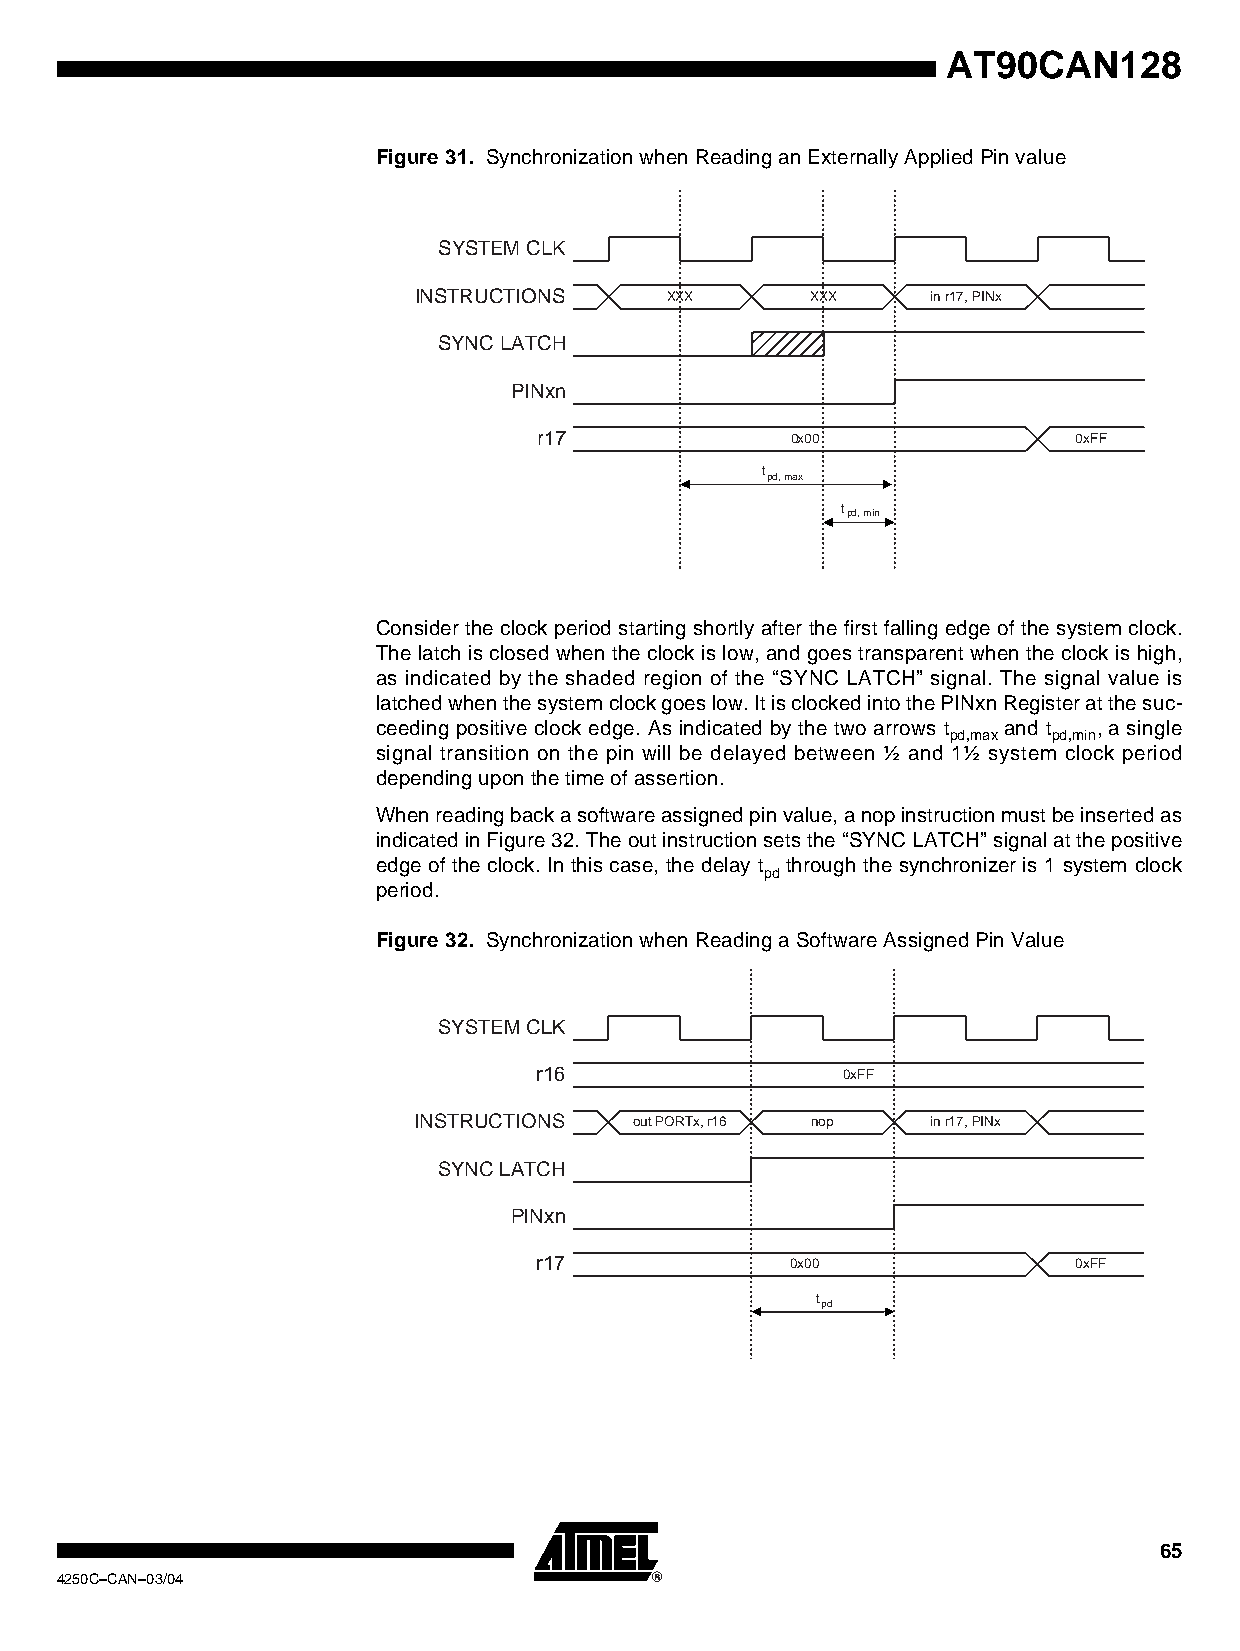
AT90CAN128
 Figure 31. Synchronization when Reading an Externally Applied Pin value
 SYSTEM CLK
 INSTRUCTIONS     XXX       XXX     in r17, PINx
 SYNC LATCH
 PINxn
 r17             0x00               0xFF
 t
 pd, max
 tpd, min
 Consider the clock period starting shortly after the first falling edge of the system clock.
 The latch is closed when the clock is low, and goes transparent when the clock is high,
 as indicated by the shaded region of the “SYNC LATCH” signal. The signal value is
 latched when the system clock goes low. It is clocked into the PINxn Register at the suc-
 ceeding positive clock edge. As indicated by the two arrows t and t , a single
 pd,max pd,min
 signal transition on the pin will be delayed between ½ and 1½ system clock period
 depending upon the time of assertion.
 When reading back a software assigned pin value, a nop instruction must be inserted as
 indicated in Figure 32. The out instruction sets the “SYNC LATCH” signal at the positive
 edge of the clock. In this case, the delay t through the synchronizer is 1 system clock
 pd
 period.
 Figure 32. Synchronization when Reading a Software Assigned Pin Value
 SYSTEM CLK
 r16                 0xFF
 INSTRUCTIONS   out PORTx, r16 nop  in r17, PINx
 SYNC LATCH
 PINxn
 r17             0x00               0xFF
 t
 pd
 65
 4250C–CAN–03/04